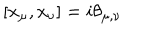
[ x _ { \mu } , x _ { \nu } ] = i \theta _ { \mu , \nu }